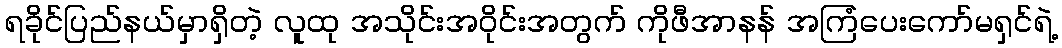
ရခိုင်ပြည်နယ်မှာရှိတဲ့ လူထု အသိုင်းအဝိုင်းအတွက် ကိုဖီအာနန် အကြံပေးကော်မရှင်ရဲ့